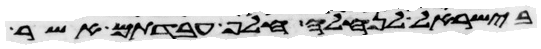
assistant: בישראל לנחלה חלף עבדתם אשר